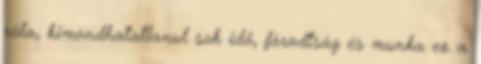
róla, kimondhatatlanul sok idő, fáradtság és munka ez a